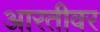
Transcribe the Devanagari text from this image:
आरतीवर